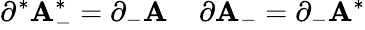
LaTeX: \partial^{*}{\cal\mathbf{A}}_{-}^{*}=\partial_{-}{\cal\mathbf{A}}\; \; \; \; \partial{\cal\mathbf{A}}_{-}=\partial_{-}{\cal\mathbf{A}}^{*}